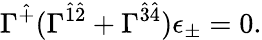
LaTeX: \Gamma^{\hat{+}}(\Gamma^{\hat{1}\hat{2}}+\Gamma^{\hat{3}\hat{4}})\epsilon_{\pm}=0.